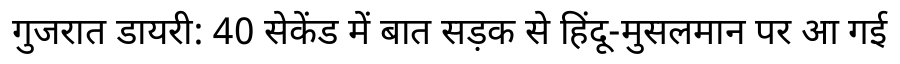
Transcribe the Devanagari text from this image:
गुजरात डायरी: 40 सेकेंड में बात सड़क से हिंदू-मुसलमान पर आ गई